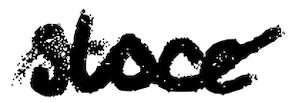
Text: store
Cross-out: mix
Writing tool: digital_black